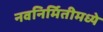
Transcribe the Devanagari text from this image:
नवनिर्मितीमध्‍ये